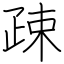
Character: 疎